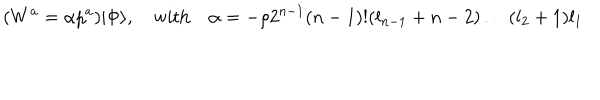
( W ^ { a } = \alpha p ^ { a } ) | \Phi \rangle , \quad \mathrm { w i t h } \quad \alpha = - \rho 2 ^ { n - 1 } ( n - 1 ) ! ( l _ { n - 1 } + n - 2 ) \ldots ( l _ { 2 } + 1 ) l _ { 1 }